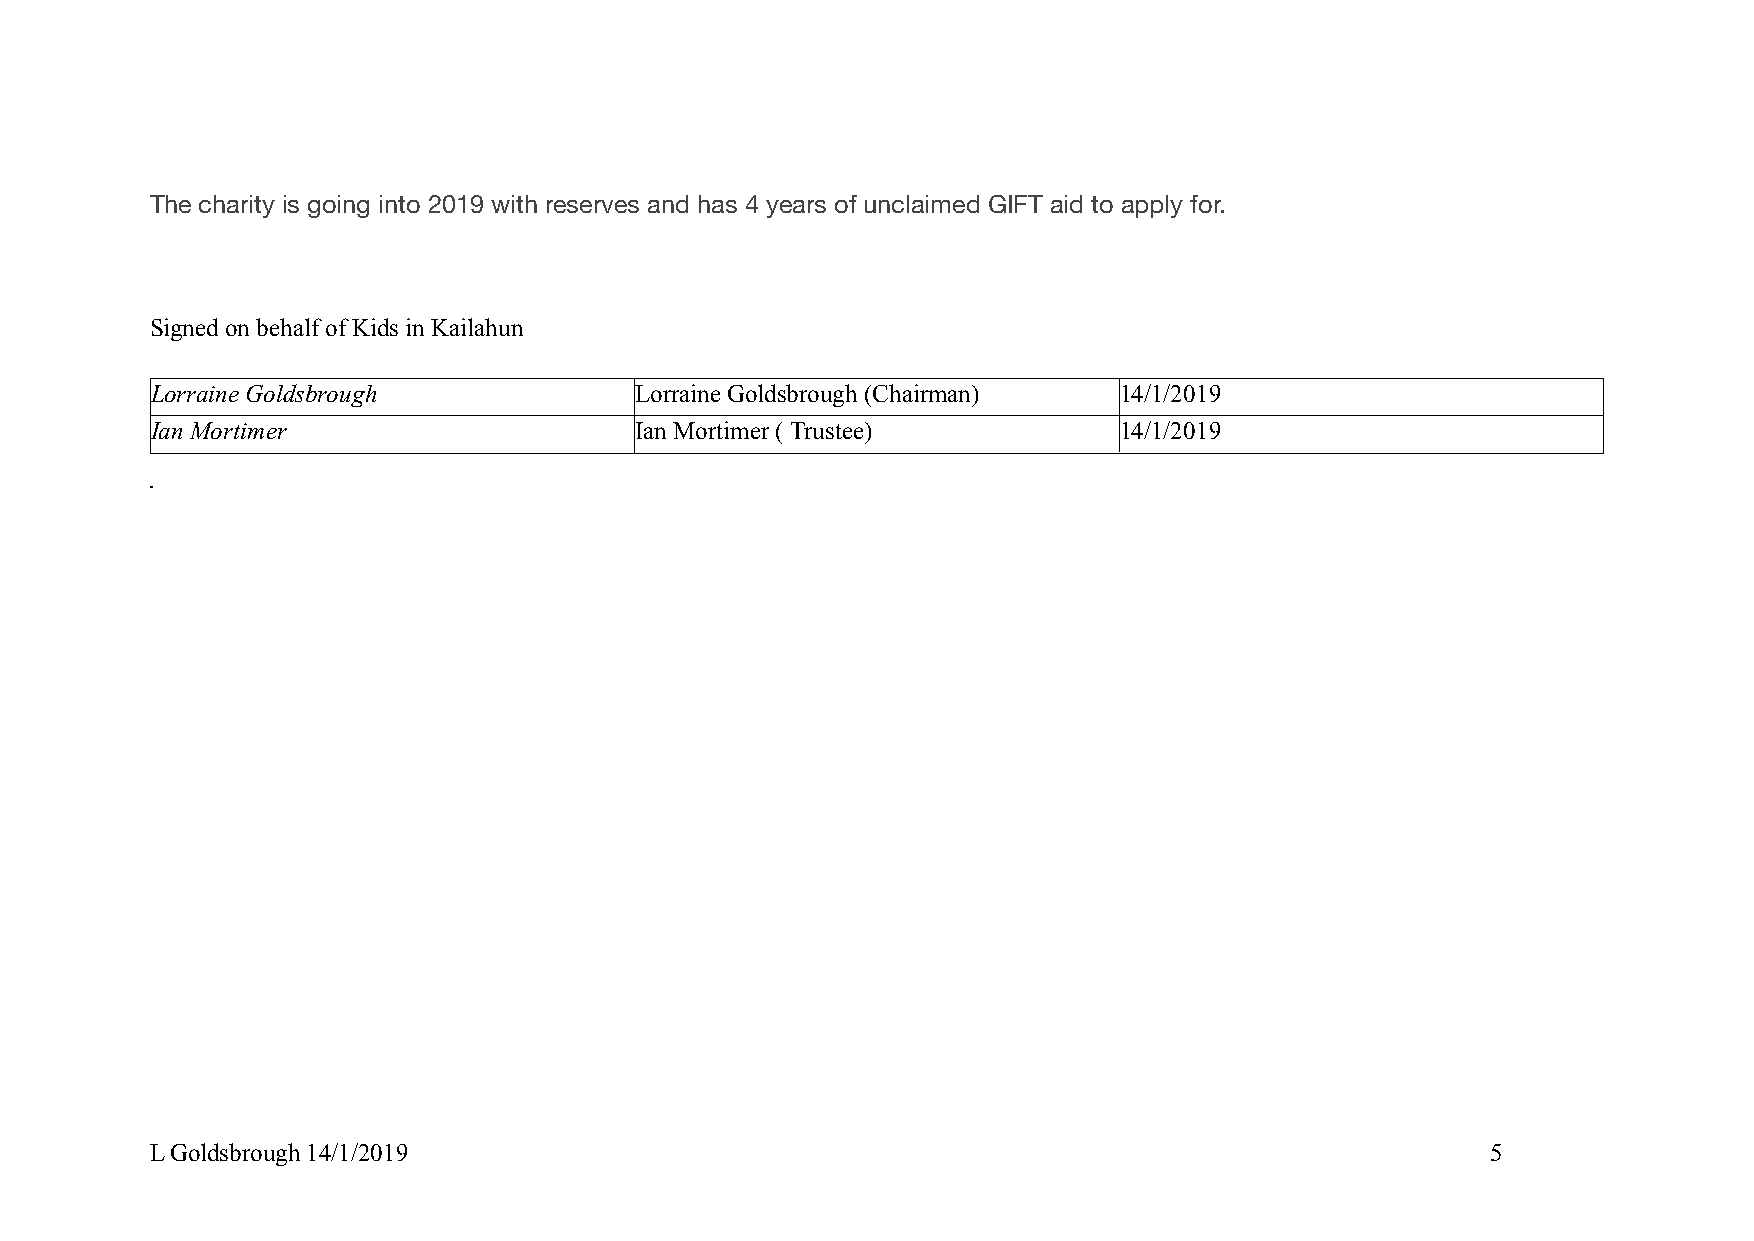
The charity is going into 2019 with reserves and has 4 years of unclaimed GIFT aid to apply for.
 Signed on behalf of Kids in Kailahun
 Lorraine Goldsbrough            Lorraine Goldsbrough (Chairman) 14/1/2019
 Ian Mortimer                    Ian Mortimer ( Trustee)         14/1/2019
 Mi
 L Goldsbrough 14/1/2019                                                                  5